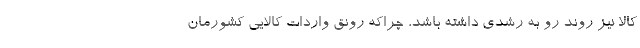
کالا نیز روند رو به رشدی داشته باشد، چراکه رونق واردات کالایی کشورمان